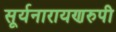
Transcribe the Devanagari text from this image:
सूर्यनारायणरुपी